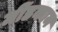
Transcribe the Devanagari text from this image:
मींडकाम